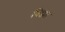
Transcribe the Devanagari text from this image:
विझा